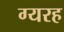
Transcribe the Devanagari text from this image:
ग्यरह